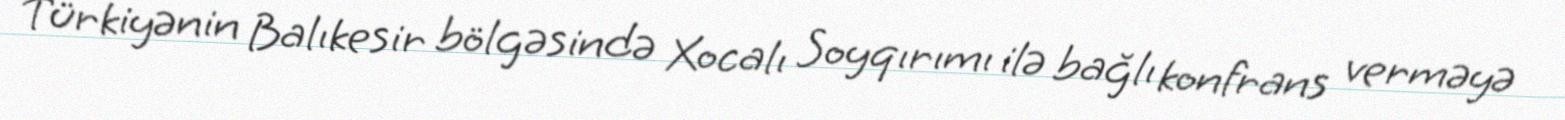
Türkiyənin Balıkesir bölgəsində Xocalı Soyqırımı ilə bağlı konfrans verməyə